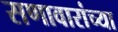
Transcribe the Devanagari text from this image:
सणावारांच्या